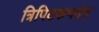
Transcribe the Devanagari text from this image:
त्रिपिटकभदंत